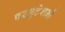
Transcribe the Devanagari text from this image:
परमुटेशनों